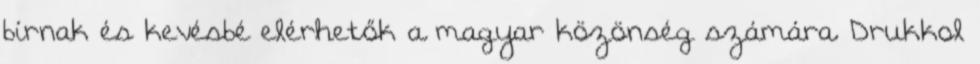
bírnak és kevésbé elérhetők a magyar közönség számára. Drukkol